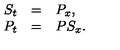
\begin{array} { r c l } { S _ { t } } & { = } & { P _ { x } , } \\ { P _ { t } } & { = } & { P S _ { x } . } \\ \end{array}